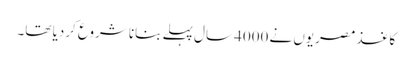
کاغذ مصریوں نے 4000 سال پہلے بنانا شروع کردیا تھا۔